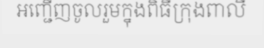
អញ្ជើញចូលរួមក្នុងពិធីក្រុងពាលី